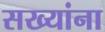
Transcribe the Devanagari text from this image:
सख्यांना